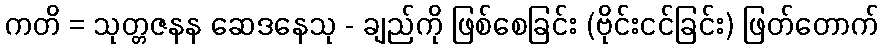
ကတိ = သုတ္တဇနန ဆေဒနေသု - ချည်ကို ဖြစ်စေခြင်း (ဗိုင်းငင်ခြင်း) ဖြတ်တောက်